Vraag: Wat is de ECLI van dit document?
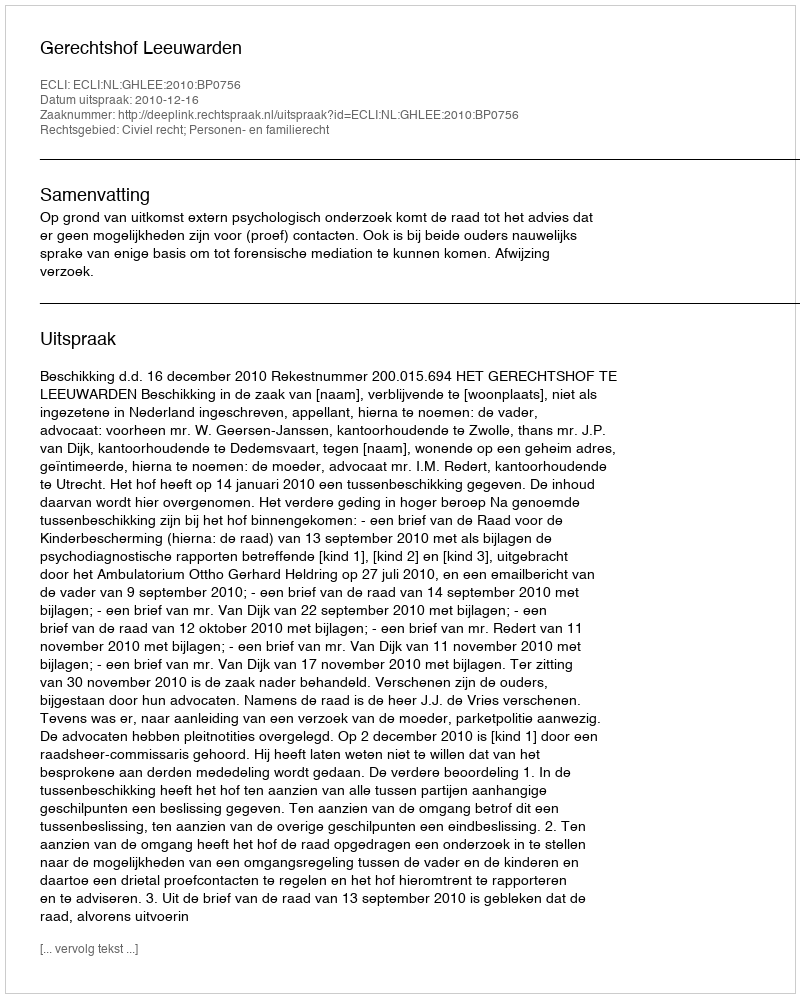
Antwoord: ECLI:NL:GHLEE:2010:BP0756